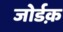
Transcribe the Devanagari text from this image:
जोर्डक़